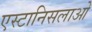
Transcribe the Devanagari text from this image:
एस्टानिसलाओ